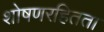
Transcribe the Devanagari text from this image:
शोषणरहितता